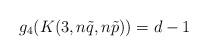
LaTeX: \begin{align*} g_4(K(3,n\tilde{q},n\tilde{p}))=d-1\end{align*}